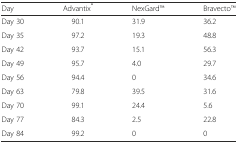
<table><thead><tr><td><b>Day</b></td><td><b>Advantix<sup>®</sup></b></td><td><b>NexGardTM</b></td><td><b>BravectoTM</b></td></tr></thead><tbody><tr><td>Day 30</td><td>90.1</td><td>31.9</td><td>36.2</td></tr><tr><td>Day 35</td><td>97.2</td><td>19.3</td><td>48.8</td></tr><tr><td>Day 42</td><td>93.7</td><td>15.1</td><td>56.3</td></tr><tr><td>Day 49</td><td>95.7</td><td>4.0</td><td>29.7</td></tr><tr><td>Day 56</td><td>94.4</td><td>0</td><td>34.6</td></tr><tr><td>Day 63</td><td>79.8</td><td>39.5</td><td>31.6</td></tr><tr><td>Day 70</td><td>99.1</td><td>24.4</td><td>5.6</td></tr><tr><td>Day 77</td><td>84.3</td><td>2.5</td><td>22.8</td></tr><tr><td>Day 84</td><td>99.2</td><td>0</td><td>0</td></tr></tbody></table>